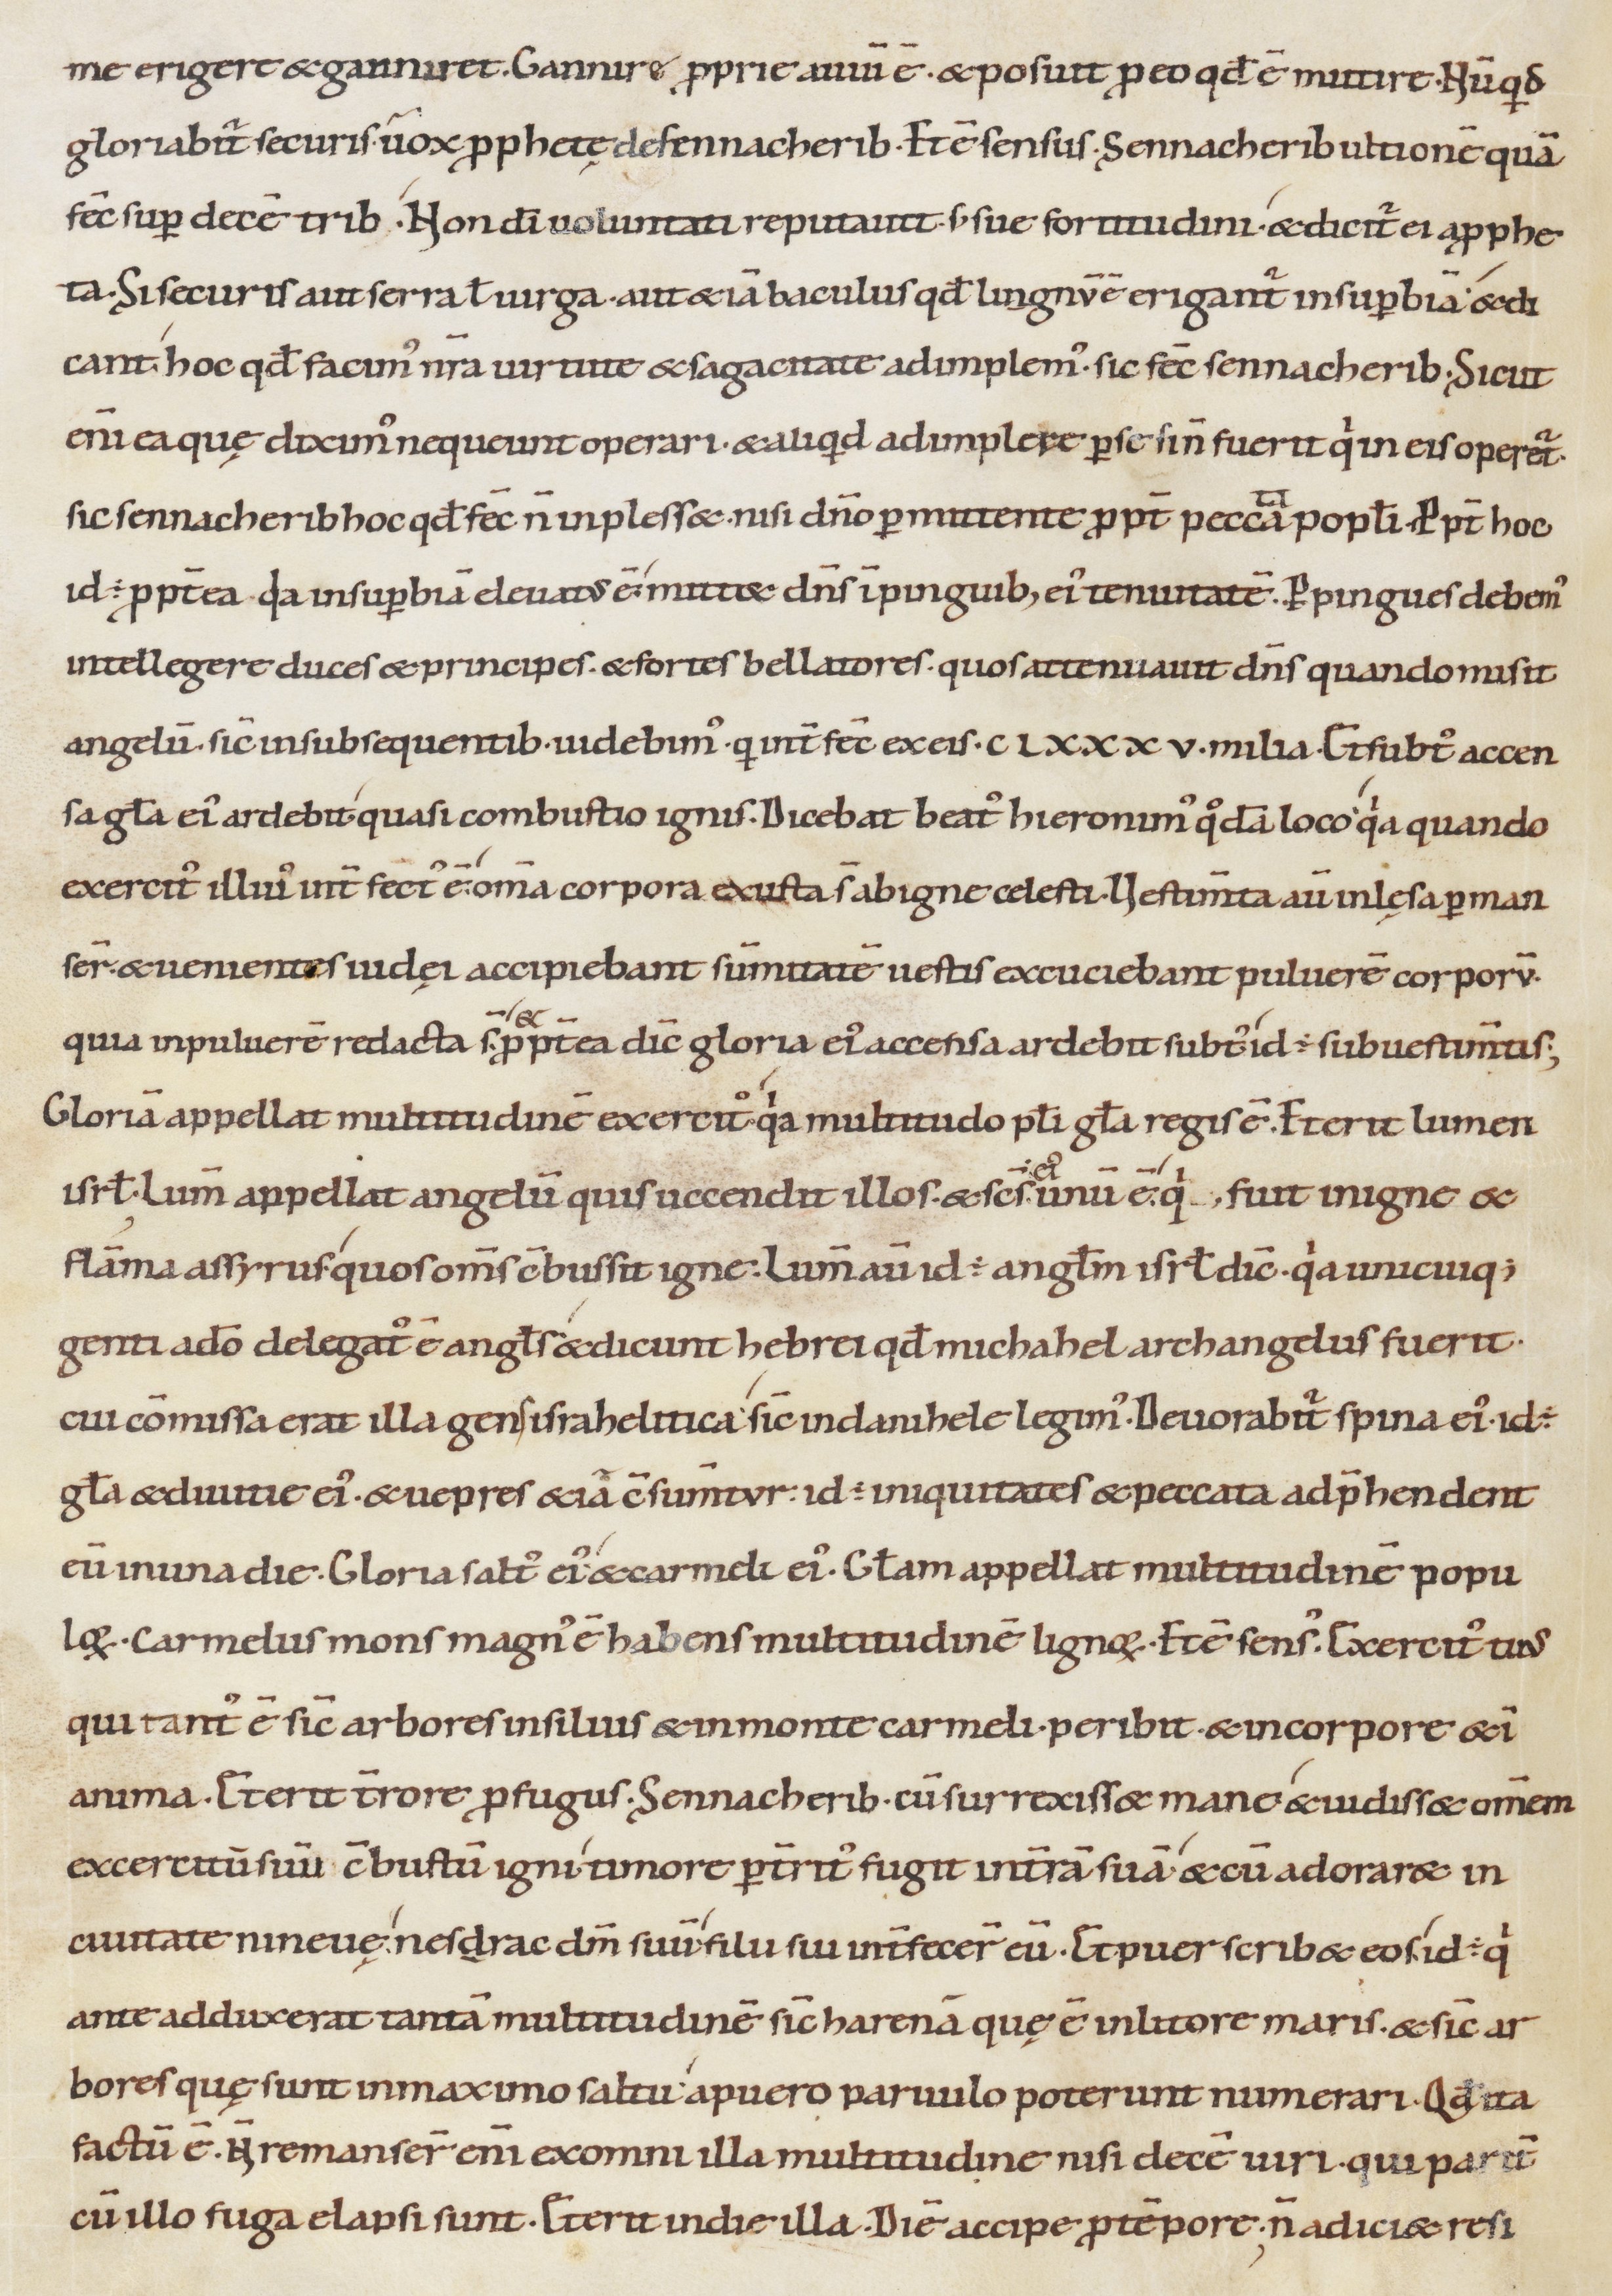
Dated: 1000–1099